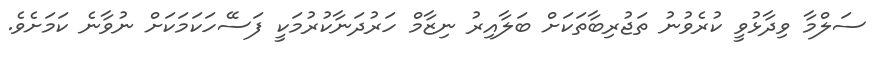
ސަލްމާ ވިދާޅުވީ ކުރެވުނު ތަޖުރިބާތަކަށް ބަލާއިރު ނިޒާމް ހަރުދަނާކުރުމަކީ ފަސޭހަކަމަކަށް ނުވާނެ ކަމަށެވެ.